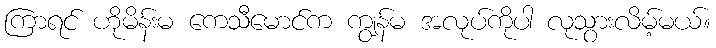
ကြာရင် ဟိုမိန်းမ ကေသီမောင်က ကျွန်မ အလုပ်ကိုပါ လုသွားလိမ့်မယ်။